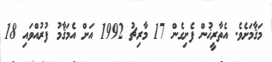
މަޤާމަށެވެ. އެތާރީޚުން ފެށިގެން 17 މާރިޗު 1992 އަށް އެމަޤާމު ފުރުއްވައި 18